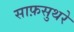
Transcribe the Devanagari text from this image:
साफ़सुथरे